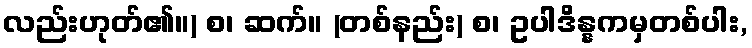
လည်းဟုတ်၏။) စ၊ ဆက်။ (တစ်နည်း) စ၊ ဥပါဒိန္နကမှတစ်ပါး,